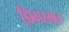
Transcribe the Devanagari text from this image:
झिमरमन